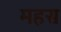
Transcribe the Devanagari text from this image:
महस